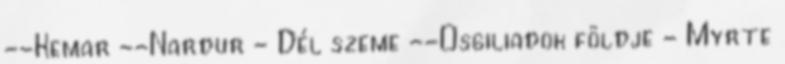
--Kemar --Nardur - Dél szeme --Osgiliadok földje - Myrte